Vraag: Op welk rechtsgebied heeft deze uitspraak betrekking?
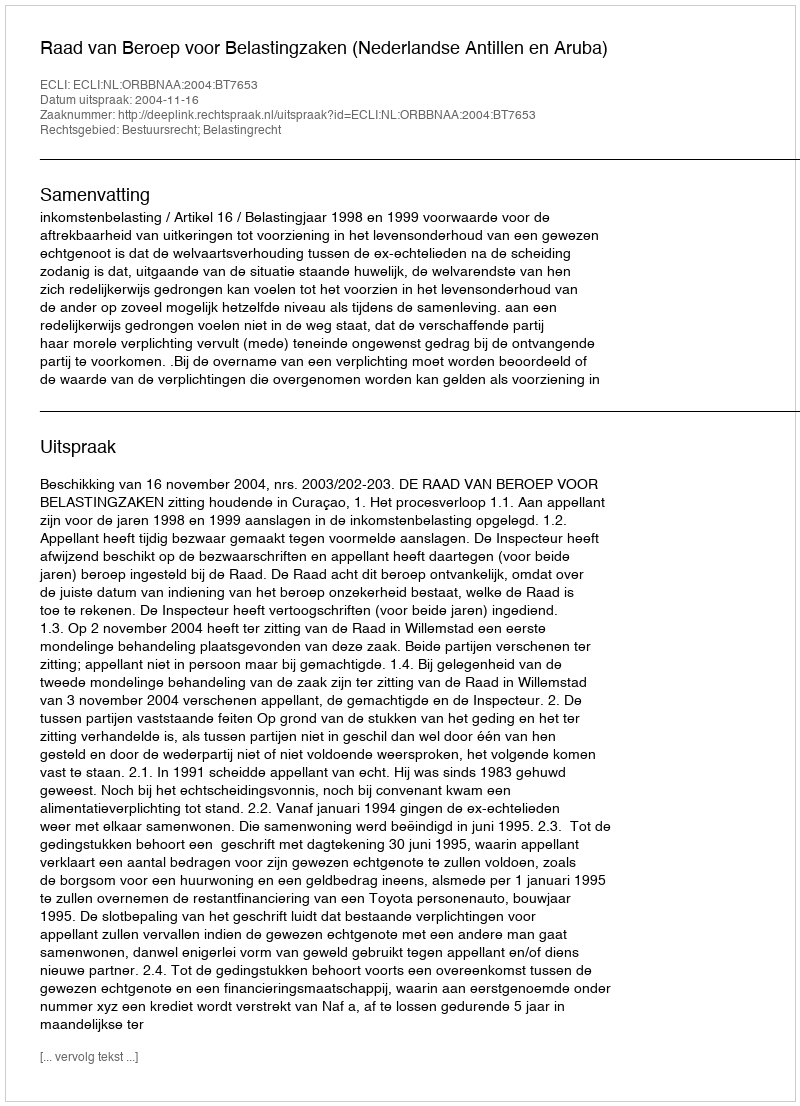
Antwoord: Bestuursrecht; Belastingrecht